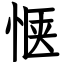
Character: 惬